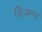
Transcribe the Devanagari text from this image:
क्रिक्मर